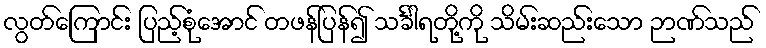
လွတ်ကြောင်း ပြည့်စုံအောင် တဖန်ပြန်၍ သင်္ခါရတို့ကို သိမ်းဆည်းသော ဉာဏ်သည်